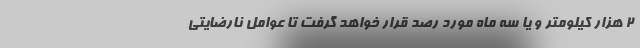
۲ هزار کیلومتر و یا سه ماه مورد رصد قرار خواهد گرفت تا عوامل نارضایتی